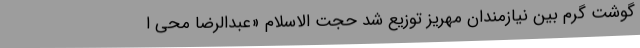
گوشت گرم بین نیازمندان مهریز توزیع شد حجت الاسلام «عبدالرضا محی ا